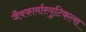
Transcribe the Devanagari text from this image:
जैवफार्मास्युटिकल्स